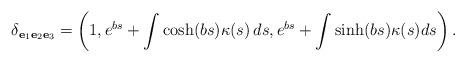
LaTeX: \begin{align*}\delta_{\mathbf{e}_{1}\mathbf{e}_{2}\mathbf{e}_{3}}=\left( 1,e^{bs}+\int \cosh (bs)\kappa (s)\,ds,e^{bs}+\int \sinh (bs)\kappa(s)ds\right).\end{align*}